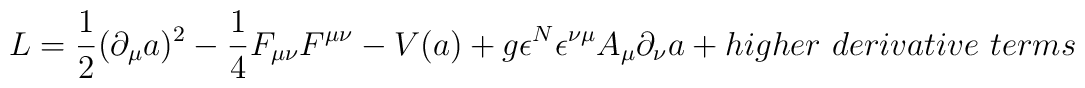
L = {1\over{2}}(\partial_{\mu} a)^2 - {1 \over 4}F_{\mu\nu}F^{\mu\nu}- V(a) +g{\epsilon^N}\epsilon^{\nu\mu}A_{\mu}\partial_{\nu}a+ higher ~derivative~ terms